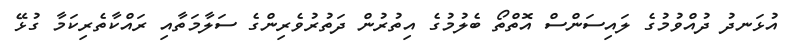
އުޅަނދު ދުއްވުމުގެ ލައިސަންސް އޮތްތޯ ބެލުމުގެ އިތުރުން ދަތުރުވެރިންގެ ސަލާމަތާއި ރައްކާތެރިކަމާ ގުޅޭ